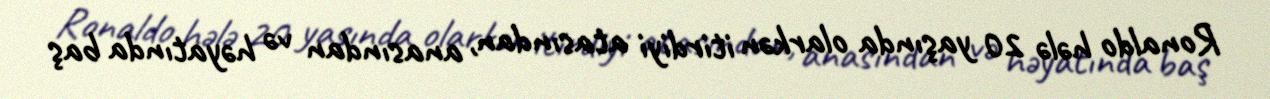
Ronaldo hələ 20 yaşında olarkən itirdiyi atasından, anasından və həyatında baş